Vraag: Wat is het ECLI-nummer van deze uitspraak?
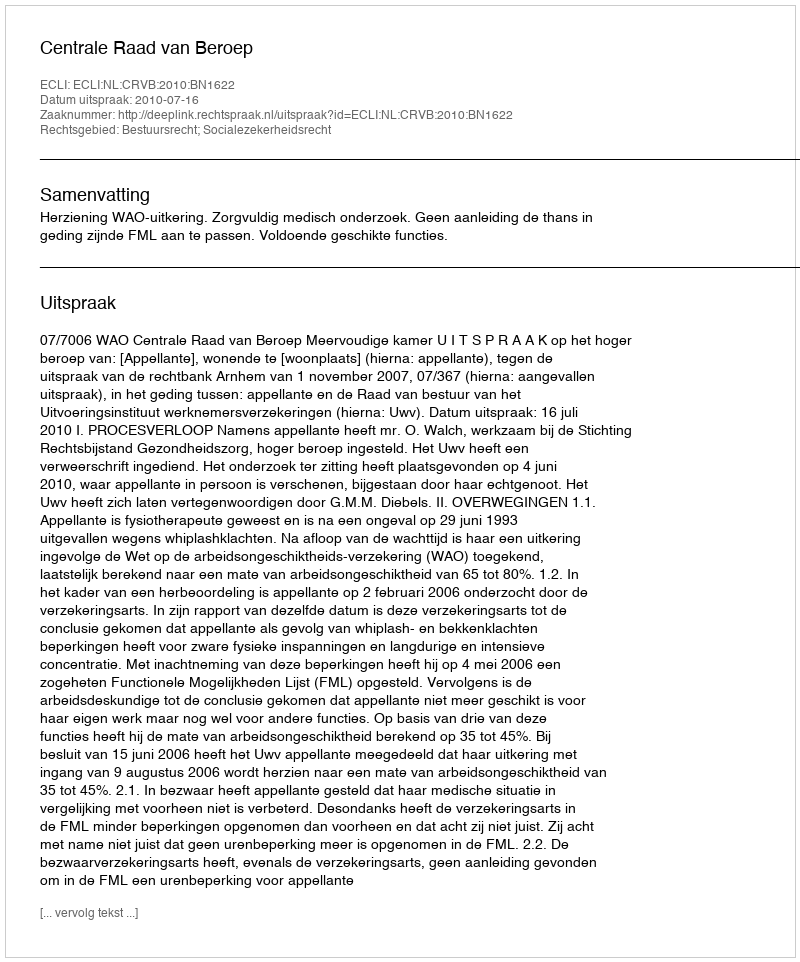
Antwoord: ECLI:NL:CRVB:2010:BN1622